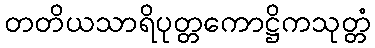
တတိယသာရိပုတ္တကောဋ္ဌိကသုတ္တံ